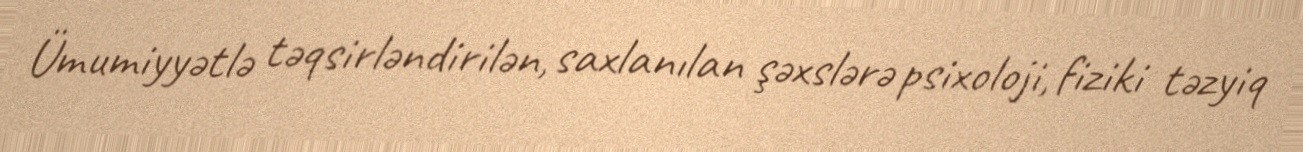
Ümumiyyətlə təqsirləndirilən, saxlanılan şəxslərə psixoloji, fiziki təzyiq